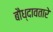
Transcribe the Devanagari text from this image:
बौध्दावतारे